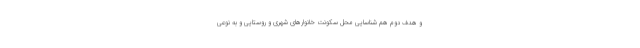
و هدف دوم هم شناسایی محل سکونت خانوارهای شهری و روستایی و به نوعی